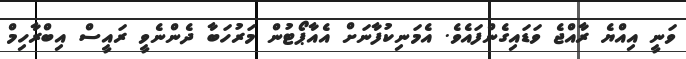
ވަނީ އިއްޔެ ރާއްޖެ ވަޑައިގެންފައެވެ. އެމަނިކުފާނަށް އެއާޕޯޓުން މަރުހަބާ ދެންނެވީ ރައީސް އިބްރާހިމް